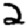
Digit: 2